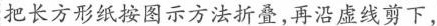
把长方形纸按图示方法折叠，再沿虚线剪下，